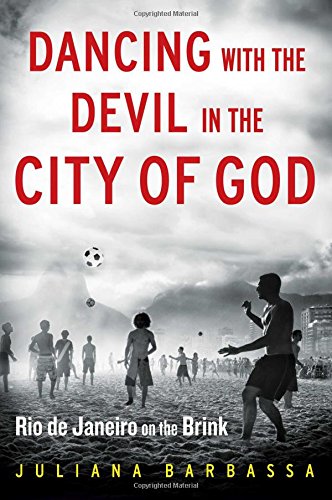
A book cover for Dancing with the Devil in the City of God: Rio de Janeiro on the Brink; Juliana Barbassa; Business & Money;